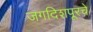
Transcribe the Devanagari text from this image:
जगदिशपूरचे